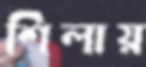
শিলায়